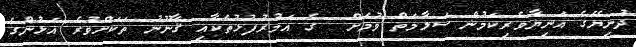
ދުނިޔޭގެ އަނިޔާވެރިކަމުން ސަލާމަތް ވުމަށް  ގެ އަމުރުފުޅުތަކާއި ޤާނޫނު ތަކަށްވުރެ އަޅުންގެ